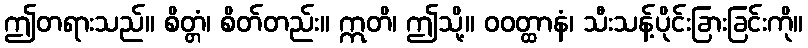
ဤတရားသည်။ စိတ္တံ၊ စိတ်တည်း။ ဣတိ၊ ဤသို့။ ဝဝတ္ထာနံ၊ သီးသန့်ပိုင်းခြားခြင်းကို။